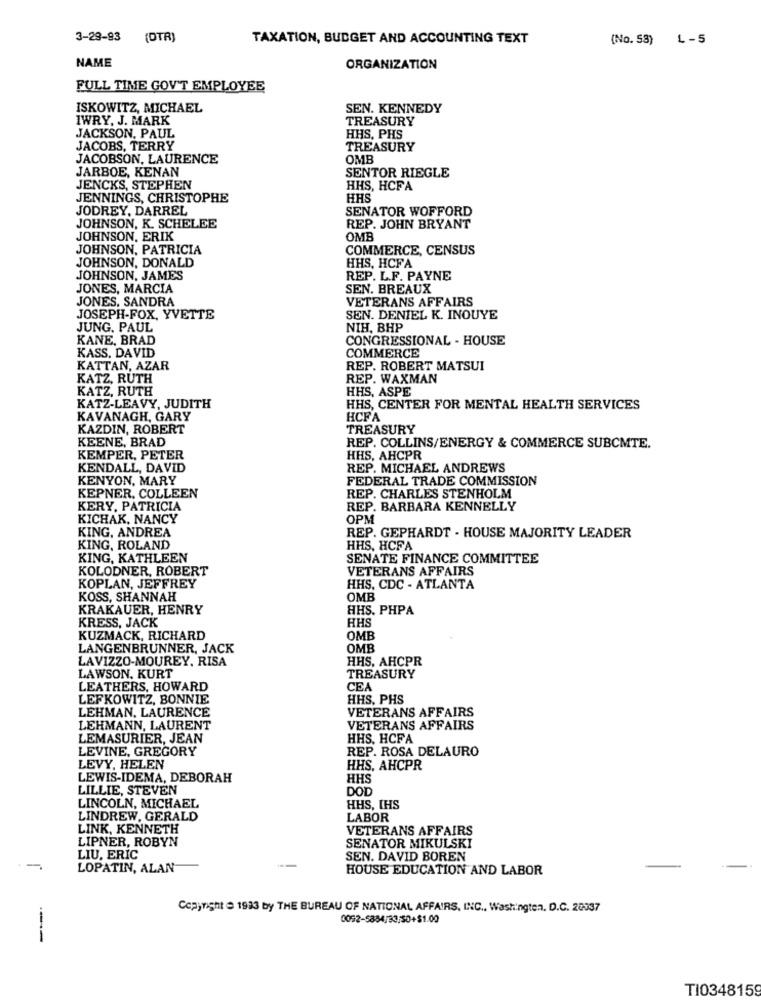
3-29-93 (DTR)
TAXATION, BUDGET AND ACCOUNTING TEXT
(No. 53) L -5
NAME
ORGANIZATION
FULL TIME GOV'T EMPLOYEE
ISKOWITZ, MICHAEL
SEN. KENNEDY
IWRY, J. MARK
TREASURY
JACKSON, PAUL
HHS, PHS
JACOBS, TERRY
TREASURY
JACOBSON, LAURENCE
OMB
JARBOE, KENAN
SENTOR RIEGLE
JENCKS, STEPHEN
HHS, HCFA
JENNINGS, CHRISTOPHE
HHS
JODREY, DARREL
SENATOR WOFFORD
JOHNSON, K. SCHELEE
REP. JOHN BRYANT
JOHNSON, ERIK
OMB
JOHNSON, PATRICIA
COMMERCE, CENSUS
JOHNSON, DONALD
HHS, HCFA
JOHNSON, JAMES
REP. L.F. PAYNE
JONES, MARCIA
SEN. BREAUX
JONES. SANDRA
VETERANS AFFAIRS
JOSEPH-FOX, YVETTE
SEN. DENIEL K. INOUYE
JUNG. PAUL
NIH, BHP
KANE, BRAD
CONGRESSIONAL - HOUSE
KASS. DAVID
COMMERCE
KATTAN, AZAR
REP. ROBERT MATSUI
KATZ, RUTH
REP. WAXMAN
KATZ, RUTH
HHS, ASPE
KATZ-LEAVY, JUDITH
HHS, CENTER FOR MENTAL HEALTH SERVICES
KAVANAGH, GARY
HCFA
KAZDIN, ROBERT
TREASURY
KEENE, BRAD
REP. COLLINS/ENERGY & COMMERCE SUBCMTE.
KEMPER, PETER
HHS, AHCPR
KENDALL, DAVID
REP. MICHAEL ANDREWS
KENYON, MARY
FEDERAL TRADE COMMISSION
KEPNER, COLLEEN
REP. CHARLES STENHOLM
KERY, PATRICIA
REP. BARBARA KENNELLY
KICHAK, NANCY
OPM
KING, ANDREA
REP. GEPHARDT - HOUSE MAJORITY LEADER
KING, ROLAND
HHS, HCFA
KING, KATHLEEN
SENATE FINANCE COMMITTEE
KOLODNER, ROBERT
VETERANS AFFAIRS
KOPLAN, JEFFREY
HHS, CDC - ATLANTA
KOSS, SHANNAH
OMB
KRAKAUER, HENRY
HHS. PHPA
KRESS, JACK
HHS
KUZMACK, RICHARD
OMB
LANGENBRUNNER, JACK
OMB
LAVIZZO-MOUREY, RISA
HHS. AHCPR
LAWSON. KURT
TREASURY
LEATHERS, HOWARD
CEA
LEFKOWITZ, BONNIE
HHS, PHS
LEHMAN, LAURENCE
VETERANS AFFAIRS
LEHMANN, LAURENT
VETERANS AFFAIRS
LEMASURIER, JEAN
HHS. HCFA
LEVINE, GREGORY
REP. ROSA DELAURO
LEVY, HELEN
HHS, AHCPR
LEWIS-IDEMA, DEBORAH
HHS
LILLIE, STEVEN
DOD
LINCOLN, MICHAEL
HHS, IHS
LINDREW, GERALD
LABOR
LINK, KENNETH
VETERANS AFFAIRS
LIPNER, ROBYN
SENATOR MIKULSKI
LIU, ERIC
SEN. DAVID BOREN
LOPATIN, ALAN
HOUSE EDUCATION AND LABOR
Copyright @ 1933 by THE BUREAU OF NATIONAL AFFAIRS, INC ., Washington, D.C. 20337
0092-5884/83/50+$1.00
---
TI0348159